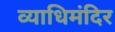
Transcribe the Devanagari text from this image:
व्याधिमंदिर